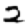
Digit: 2